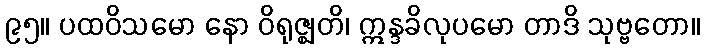
၉၅။ ပထဝိသမော နော ဝိရုဇ္ဈတိ၊ ဣန္ဒခိလုပမော တာဒိ သုဗ္ဗတော။